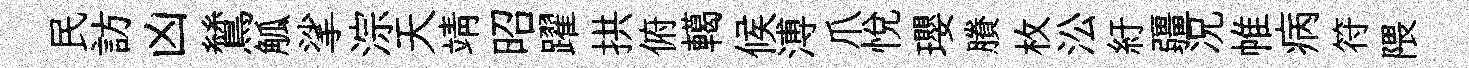
民訪凶鷥觚挲淙天靖昭躍拱俯轕候溥爪悦瓔賸枚㳂紆疆况帷病符隈